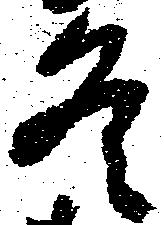
冬